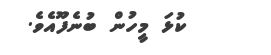
ކުޅަ މީހުން ބުނެފޫއެވެ.